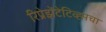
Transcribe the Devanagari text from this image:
रिप्रेझेंटेटिव्ह्सचा